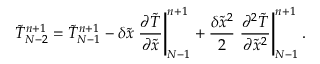
\tilde { T } _ { N - 2 } ^ { n + 1 } = \tilde { T } _ { N - 1 } ^ { n + 1 } - \delta \tilde { x } \left. { \frac { { \partial \tilde { T } } } { { \partial \tilde { x } } } } \right| _ { N - 1 } ^ { n + 1 } + \frac { { \delta { { \tilde { x } } ^ { 2 } } } } { 2 } \left. { \frac { { { \partial ^ { 2 } } \tilde { T } } } { { \partial { { \tilde { x } } ^ { 2 } } } } } \right| _ { N - 1 } ^ { n + 1 } .